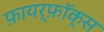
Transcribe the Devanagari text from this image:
फ़ायर्फ़ॉक्स